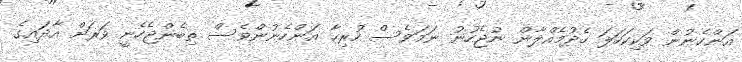
އަންހެނުން ވަކިކަހަލަ ހެދުމެއްލާން ނުޖެހުނު ނަމަވެސް ހުރިހާ އަންހެނުންވެސް ތިބެންޖެހެނީ ވަރަށް އާދައިގެ